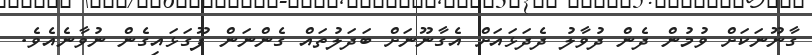
ގާނޫނަކަށް ވުމުން ދެން ދުވާލު ދެދަޅައަށް އެގާނޫނަށް ބަދަލުތައް ގެންނަން ފޫގަޅައިގެން ނުވާނެެއެވެ.